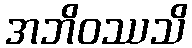
အဘိဝဿသိ